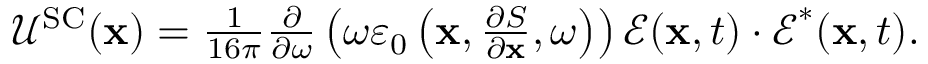
\begin{array} { r } { \mathcal { U } ^ { \mathrm { S C } } ( \mathbf { x } ) = \frac { 1 } { 1 6 \pi } \frac { \partial } { \partial \omega } \left( \omega \varepsilon _ { 0 } \left( \mathbf { x } , \frac { \partial S } { \partial \mathbf { x } } , \omega \right) \right) \boldsymbol { \mathcal { E } } ( \mathbf { x } , t ) \cdot \boldsymbol { \mathcal { E } } ^ { * } ( \mathbf { x } , t ) . } \end{array}